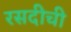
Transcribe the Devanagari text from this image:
रसदीची